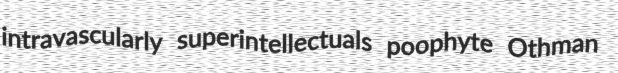
intravascularly superintellectuals poophyte Othman